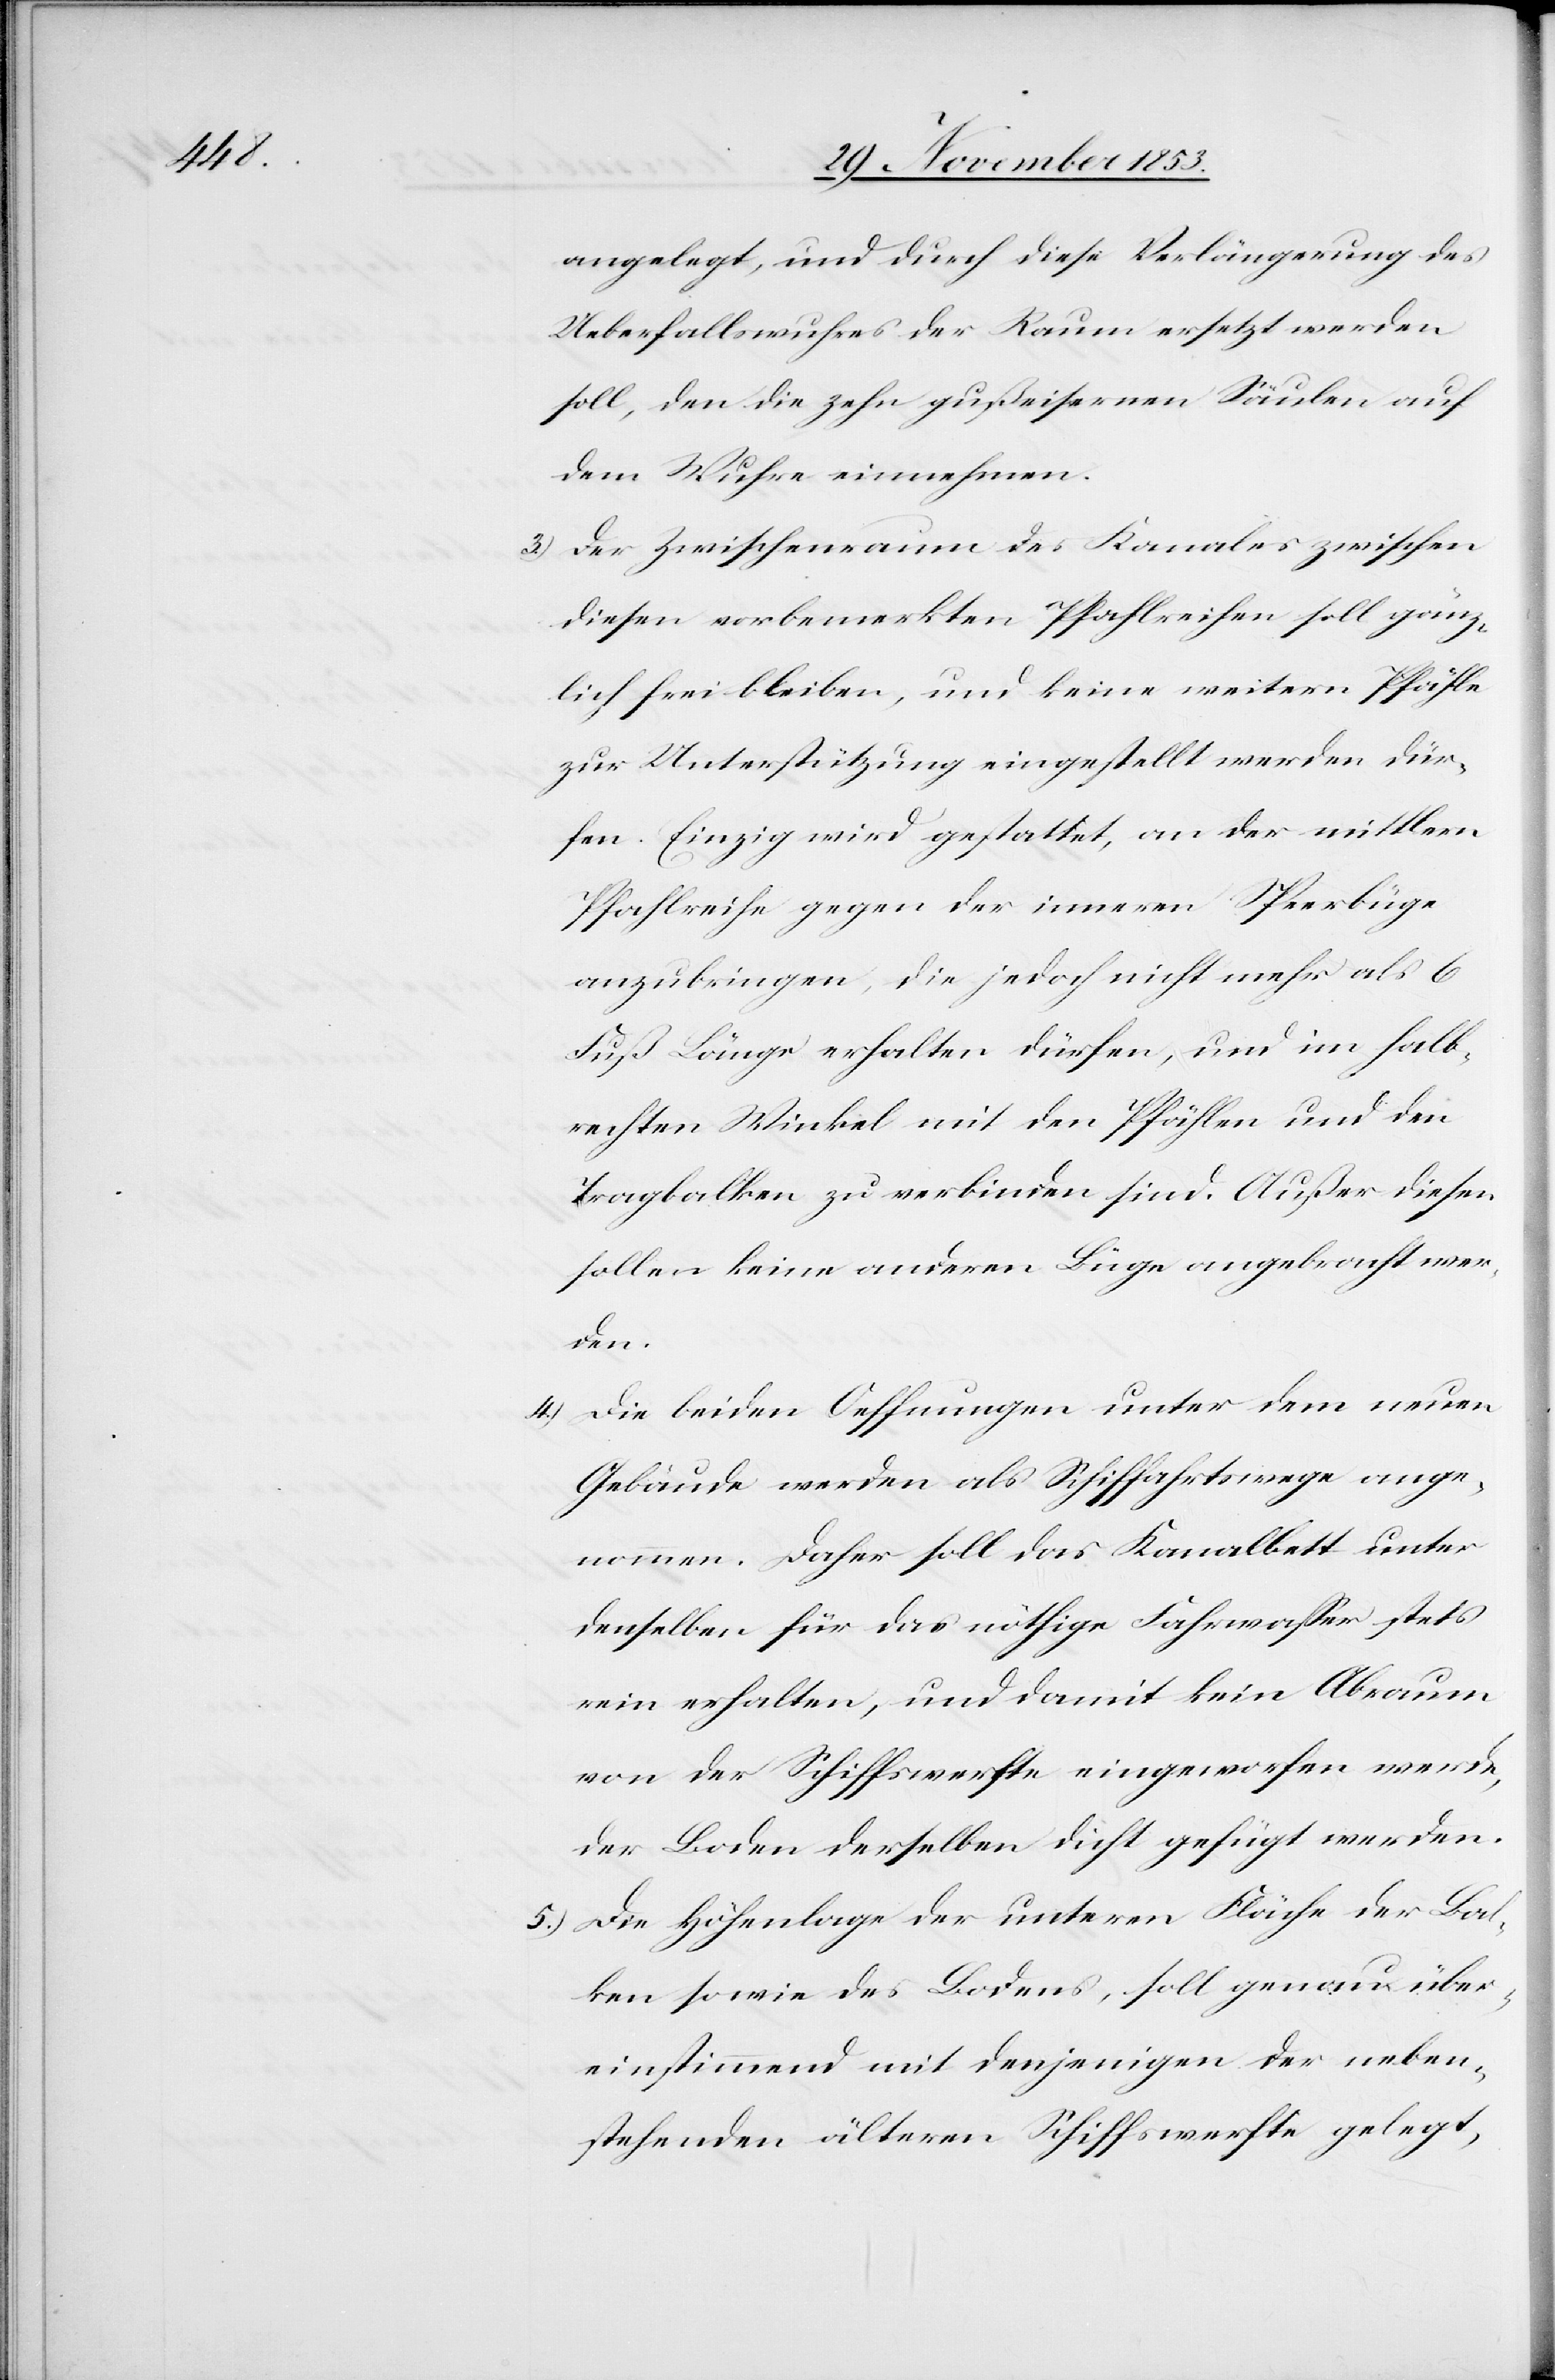
angelegt, und durch diese Verlängerung des
Ueberfallswuhres der Raum ersetzt werden
soll, den die zehn gußeisernen Säulen auf
dem Wuhre einnehmen.
3) Der Zwischenraum des Kanales zwischen
diesen vorbemerkten Pfahlreihen soll gänz¬
lich frei bleiben, und keine weitern Pfähle
zur Unterstützung eingestellt werden dür¬
fen. Einzig wird gestattet, an der mittlern
Pfahlreihe gegen der inneren Speerbüge
anzubringen [sic!], die jedoch nicht mehr als 6
Fuß Länge erhalten dürfen, und im halb¬
rechten Winkel mit den Pfählen und den
Tragbalken zu verbinden sind. Außer diesen
sollen keine anderen Büge angebracht wer¬
den.
4) Die beiden Oeffnungen unter dem neuen
Gebäude werden als Schiffahrtswege ange¬
nommen. Daher soll das Kanalbett unter
denselben für das nöthige Fahrwaßer stets
rein erhalten, und damit kein Abraum
von der Schiffswerfte eingeworfen werde,
der Boden derselben dicht gefügt werden.
5) Die Höhenlage der unteren Fläche der Bal¬
ken sowie des Bodens, soll genau über¬
einstimmend mit denjenigen der neben¬
stehenden älteren Schiffswerfte gelegt,